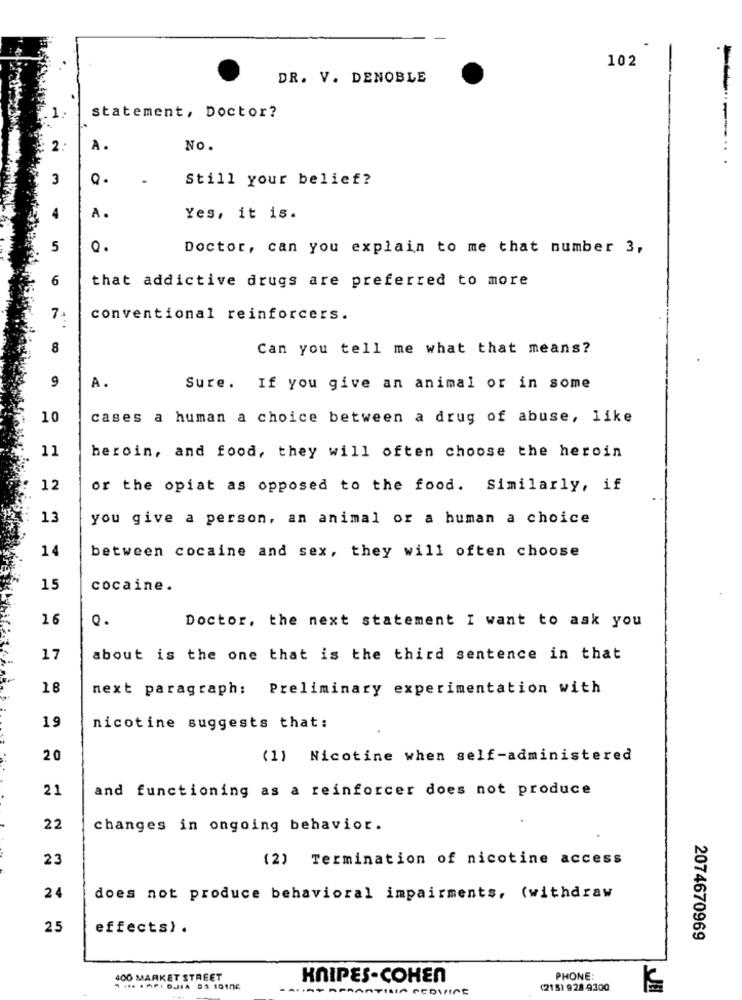
102
DR. V. DENOBLE
statement, Doctor?
2 .-
A.
NO.
3
Still your belief?
A.
Yes, it is.
5
o.
Doctor, can you explain to me that number 3,
6
that addictive drugs are preferred to more
7
conventional reinforcers.
8
Can you tell me what that means?
9
A.
Sure. If you give an animal or in some
10
cases a human a choice between a drug of abuse, like
11
heroin, and food, they will often choose the heroin
12
or the opiat as opposed to the food. Similarly, if
13
you give a person, an animal or a human a choice
14
between cocaine and sex, they will often choose
15
cocaine.
16
Doctor, the next statement I want to ask you
17
about is the one that is the third sentence in that
18
next paragraph: Preliminary experimentation with
19
nicotine suggests that:
20
(1) Nicotine when self-administered
21
and functioning as a reinforcer does not produce
22
changes in ongoing behavior.
23
(2) Termination of nicotine access
24
does not produce behavioral impairments, (withdraw
25
effects) .
2074670969
400 MARKET STREET
KNIPES-COHEN
PHONE:
PRAATIRIA REDIRIGE
(2151 928 9300